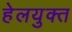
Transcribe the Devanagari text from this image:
हेलयुक्त